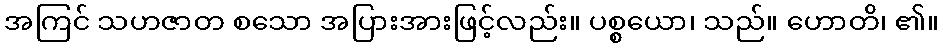
အကြင် သဟဇာတ စသော အပြားအားဖြင့်လည်း။ ပစ္စယော၊ သည်။ ဟောတိ၊ ၏။